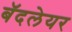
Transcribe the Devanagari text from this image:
बॅदलेयर